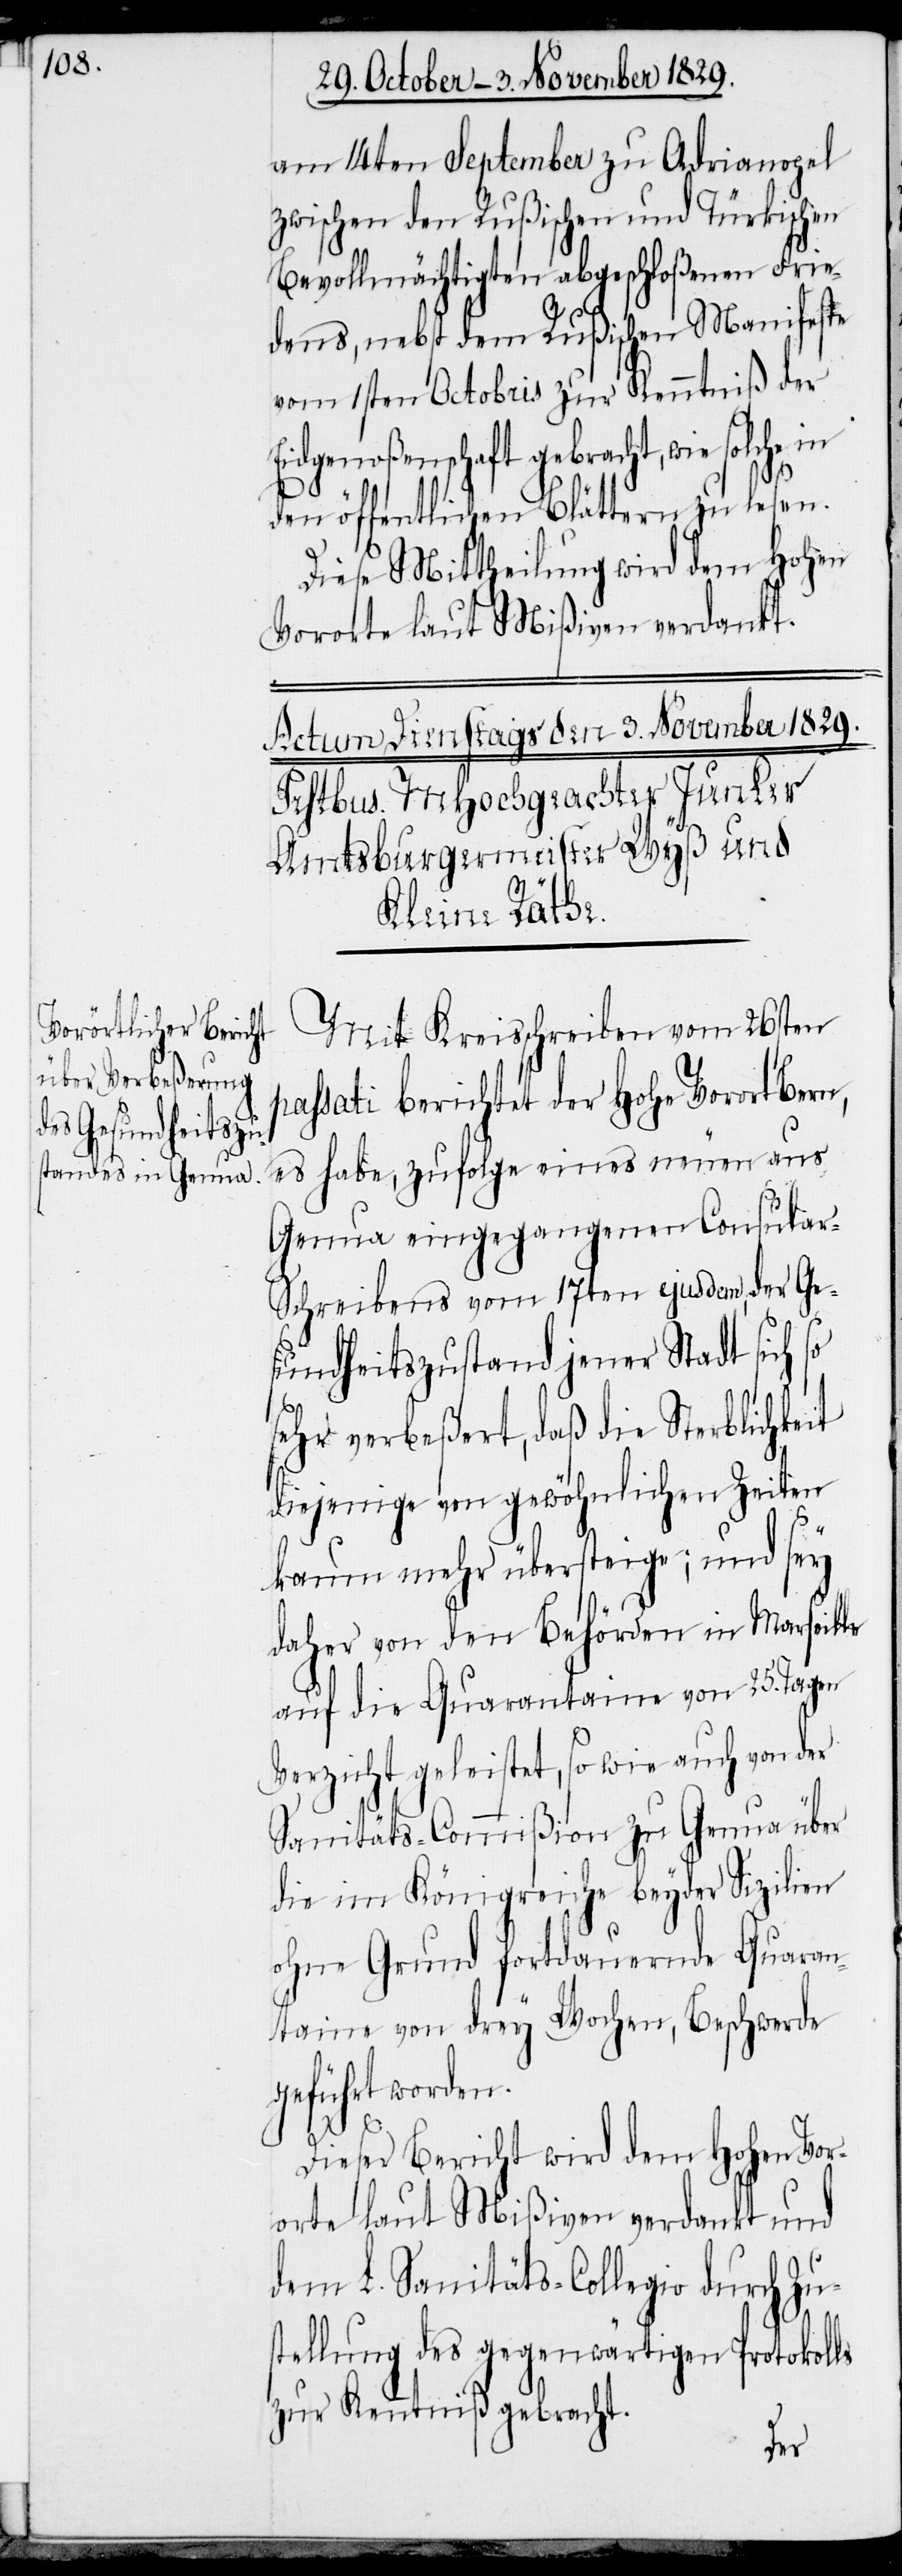
am 14ten September zu Adrianopel
zwischen den Rußischen und Türkischen
Bevollmächtigten abgeschloßenen Frie¬
dens, nebst dem Rußischen Manifeste
vom 1sten Octobris zur Kenntniß der
Eidgenoßenschaft gebracht, wie solche in
den öffentlichen Blättern zu lesen.
Diese Mittheilung wird dem Hohen
Vororte laut Mißiven verdankt.
Mit Kreisschreiben vom 26sten
passati berichtet der Hohe Vorort Bern,
es habe, zufolge eines neuen aus
Genua eingegangenen Consula¬
r-Schreibens vom 17ten ejusdem, der Ge¬
sundheitszustand jener Stadt sich so
sehr verbeßert, daß die Sterblichkeit
diejenige von gewöhnlichen Zeiten
kaum mehr übersteige; und sey
daher von den Behörden in Marseille
auf die Quarantaine von 25. Tagen
Verzicht geleistet, so wie auch von der
Sanitäts-Commißion zu Genua über
die im Königreiche beyder Sizilien
ohne Grund fortdauernde Quaran¬
taine von drey Wochen, Beschwerde
geführt worden.
Dieser Bericht wird dem Hohen Vor¬
orte laut Mißiven verdankt und
dem L. Sanitäts-Collegio durch Zu¬
stellung des gegenwärtigen Protokolls
zur Kenntiß gebracht.